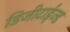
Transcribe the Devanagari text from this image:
डिजीटाईज्‍ड